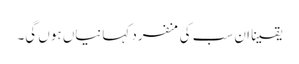
یقینا ان سب کی منفرد کہانیاں ہوں گی۔